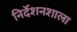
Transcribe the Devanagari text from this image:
निर्देशनशाला